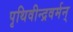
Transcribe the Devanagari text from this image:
पृथिवीन्द्रवर्मन्